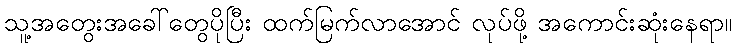
သူ့အတွေးအခေါ်တွေပိုပြီး ထက်မြက်လာအောင် လုပ်ဖို့ အကောင်းဆုံးနေရာ။